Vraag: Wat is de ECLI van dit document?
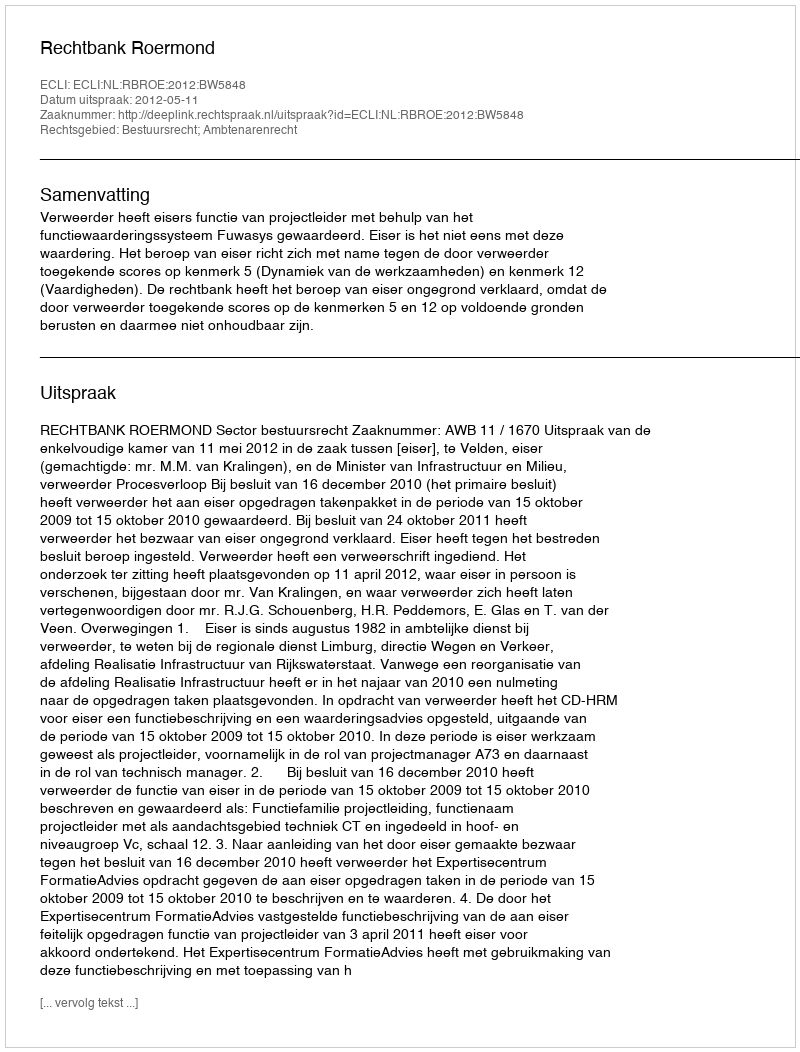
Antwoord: ECLI:NL:RBROE:2012:BW5848